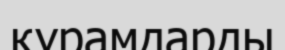
құрамдарды